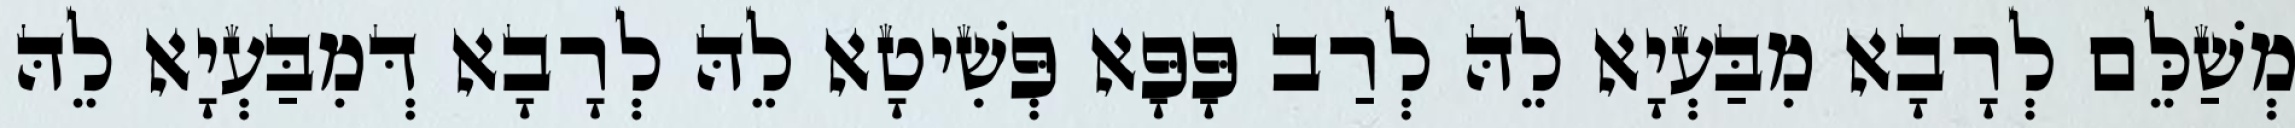
מְשַׁלֵּם לְרָבָא מִבַּעְיָא לֵהּ לְרַב פָּפָּא פְּשִׁיטָא לֵהּ לְרָבָא דְּמִבַּעְיָא לֵהּ